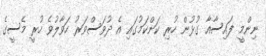
ނިންމީ ފައިސާއާ ގުޅުން ހުރި ކަންކަމުގައި އެ ދުވަސްވަރު ހަވާލުވެ ހުރީ މެސީގެ